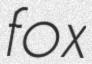
fox